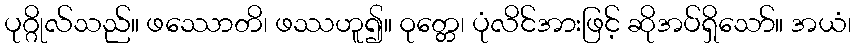
ပုဂ္ဂိုလ်သည်။ ဖဿောတိ၊ ဖဿဟူ၍။ ဝုတ္တေ၊ ပုံလိင်အားဖြင့် ဆိုအပ်ရှိသော်။ အယံ၊